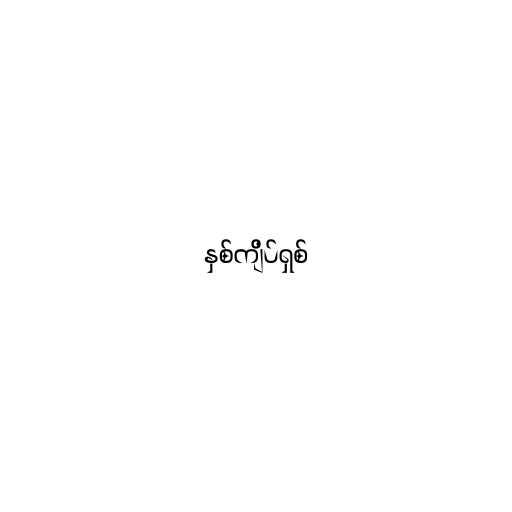
နှစ်ကျိပ်ရှစ်